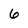
Character: 6